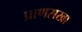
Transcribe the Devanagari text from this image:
प्राणसखा